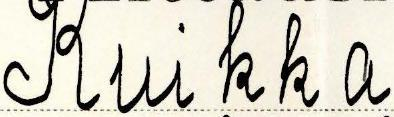
Kuikka